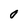
Character: 0